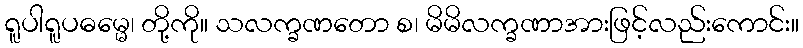
ရူပါရူပဓမ္မေ၊ တို့ကို။ သလက္ခဏတော စ၊ မိမိလက္ခဏာအားဖြင့်လည်းကောင်း။